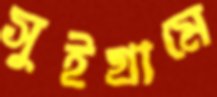
সুইগ্রামে